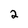
Character: 2